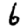
Digit: 6